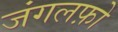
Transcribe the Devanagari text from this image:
जंगलफ़ो